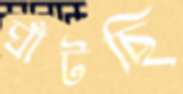
ঘাঁটছি